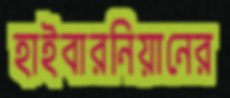
হাইবারনিয়ানের